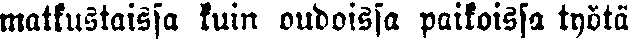
matkustaissa kuin oudoissa paikoissa työtä